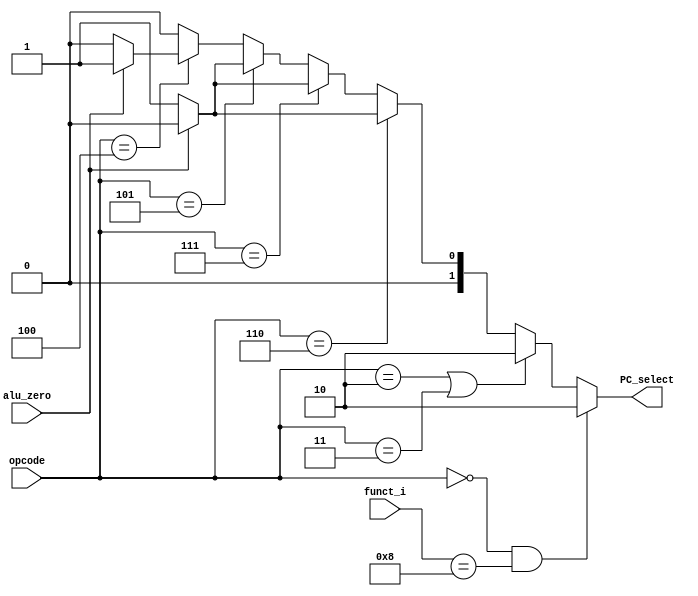

module PC_selector(
    input [6-1:0] opcode,
    input [6-1:0] funct_i,
    input alu_zero,
    output reg [2-1:0] PC_select

);

always@(*) begin
    if(opcode == 6'b000000 && funct_i == 6'b001000) begin
    PC_select = 2'd2;
    end
    else if(opcode == 6'b000010 || opcode == 6'b000011) begin
        PC_select = 2'd2;
    end 
    else if(opcode == 6'b000110) begin // BLEZ
        if(alu_zero) PC_select = 2'd0;
        else PC_select = 2'd1;
    end
    else if(opcode == 6'b000111) begin // BGTZ
        if(alu_zero) PC_select = 2'd0;
        else PC_select = 2'd1;
    end
    else if(opcode == 6'b000101) begin // BNE
        if(alu_zero) PC_select = 2'd0;
        else PC_select = 2'd1;
    end
    else if(opcode == 6'b000100) begin // BEQ
        if(alu_zero) PC_select = 2'd1;
        else PC_select = 2'd0;
    end
    else begin
        PC_select = 2'd0;
    end

end




endmodule